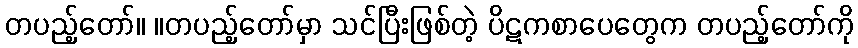
တပည့်တော်။ ။တပည့်တော်မှာ သင်ပြီးဖြစ်တဲ့ ပိဋကစာပေတွေက တပည့်တော်ကို